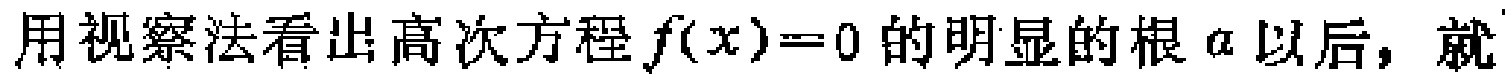
用视察法看出高次方程 \(f(x)=0\) 的明显的根 \(\alpha\) 以后，就